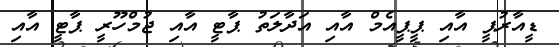
ޑީއާރުޕީ އާއި ޕީޕީއެމް އާއި އަދާލަތު ޕާޓީ އާއި ޖުމްހޫރީ ޕާޓީ އާއި